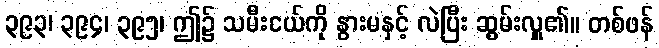
၃၉၃၊ ၃၉၄၊ ၃၉၅၊ ဤ၌ သမီးငယ်ကို နွားမနှင့် လဲပြီး ဆွမ်းလှူ၏။ တစ်ဖန်